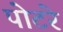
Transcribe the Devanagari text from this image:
पोटरे